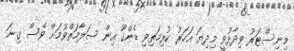
މިނިސްޓަރު ވިދާޅުވީ މިދިޔަ އަހަރު ކުރިމަތިވި ޑެންގޫ އިން ސަލާމަތްވުމަށް ވެސް ގިނަ